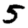
Digit: 5